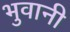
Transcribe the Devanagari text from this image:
भुवानी